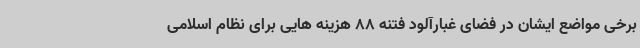
برخی مواضع ایشان در فضای غبارآلود فتنه 88 هزینه هایی برای نظام اسلامی